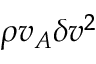
\rho v _ { A } \delta v ^ { 2 }